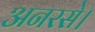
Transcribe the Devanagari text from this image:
अनरसे।